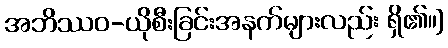
အဘိဿဝ-ယိုစီးခြင်းအနက်များလည်း ရှိ၏။]